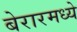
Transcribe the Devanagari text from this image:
बेरारमध्ये